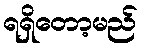
ရရှိတော့မည်